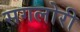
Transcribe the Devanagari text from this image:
सगलोरी